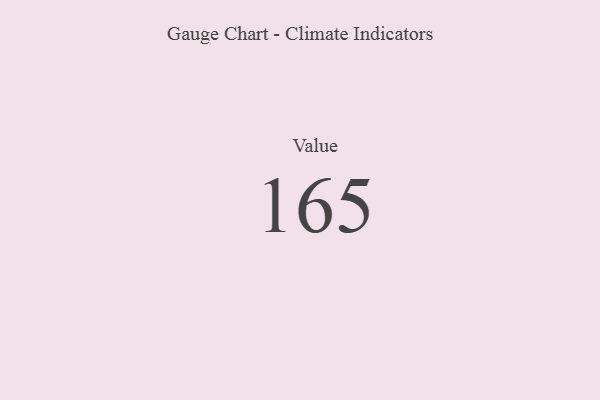
{"axis": {"x": "Metric", "y": "Value"}, "legend": [""], "data": [{"x": "Value", "y": 165, "type": ""}]}